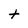
Character: t